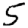
Digit: 5